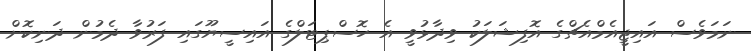
ނަމަވެސް އައިޖީއެމްއެޗްގެ އޮފިޝަލަކު ވިދާޅުވީ އެ ހޮސްޕިޓަލްގެ އައިސީޔޫގައި ފަރުވާ ދެމުން ދަނިކޮށް